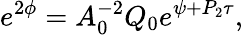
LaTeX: e^{2\phi}=A_{0}^{-2}Q_{0}e^{\psi+P_{2}\tau},